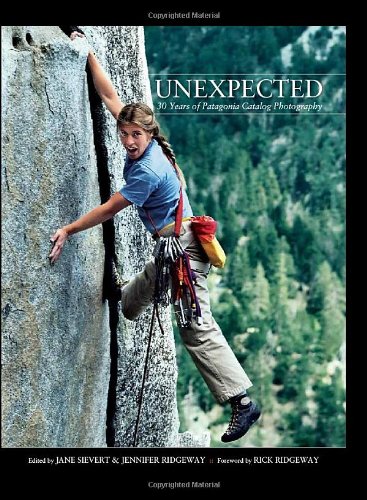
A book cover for UNEXPECTED: 30 Years of Patagonia Catalog Photography; Jane Sievert; Arts & Photography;